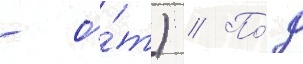
- о́т) // По́д